Vaccination in Bombay 1863-1868 - 1863-1868
Year: 1863
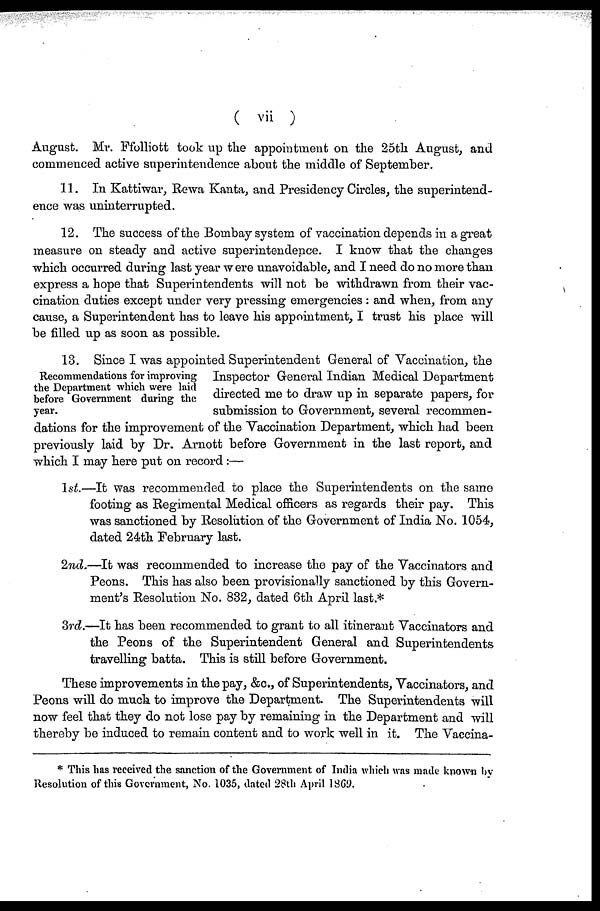
( vii )
August. Mr. Ffolliott took up the appointment on the 25th August, and
commenced active superintendence about the middle of September.
11. In Kattiwar, Rewa Kanta, and Presidency Circles, the superintend-
ence was uninterrupted.
12. The success of the Bombay system of vaccination depends in a great
measure on steady and active superintendence. I know that the changes
which occurred during last year were unavoidable, and I need do no more than
express a hope that Superintendents will not be withdrawn from their vac-
cination duties except under very pressing emergencies : and when, from any
cause, a Superintendent has to leave his appointment, I trust his place will
be filled up as soon as possible.
Recommendations for improving
the Department which were laid
before Government during the
year.
13. Since I was appointed Superintendent General of Vaccination, the
Inspector General Indian Medical Department
directed me to draw up in separate papers, for
submission to Government, several recommen-
dations for the improvement of the Vaccination Department, which had been
previously laid by Dr. Arnott before Government in the last report, and
which I may here put on record:—
1st.—It was recommended to place the Superintendents on the same
footing as Regimental Medical officers as regards their pay. This
was sanctioned by Resolution of the Government of India No. 1054,
dated 24th February last.
2nd.—It was recommended to increase the pay of the Vaccinators and
Peons. This has also been provisionally sanctioned by this Govern-
ment's Resolution No. 832, dated 6th April last.*
3rd.—It has been recommended to grant to all itinerant Vaccinators and
the Peons of the Superintendent General and Superintendents
travelling batta. This is still before Government.
These improvements in the pay, &c., of Superintendents, Vaccinators, and
Peons will do much to improve the Department. The Superintendents will
now feel that they do not lose pay by remaining in the Department and will
thereby be induced to remain content and to work well in it. The Vaccina-
* This has received the sanction of the Government of India which was made known by
Resolution of this Government, No. 1035, dated 28th April 1869.